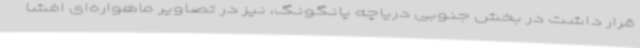
قرار داشت در بخش جنوبی دریاچه پانگونگ، نیز در تصاویر ماهواره‌ای افشا